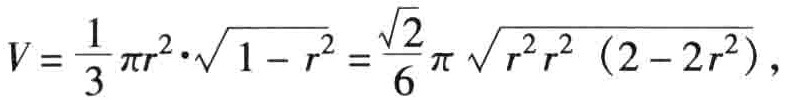
\[

V = \frac{1}{3} \pi r^{2} \cdot \sqrt{1 - r^{2}} = \frac{\sqrt{2}}{6} \pi \sqrt{r^{2} r^{2} \left(2 - 2 r^{2}\right)},

\]